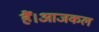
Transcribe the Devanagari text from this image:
हैं।आजकल